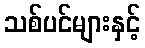
သစ်ပင်များနှင့်